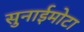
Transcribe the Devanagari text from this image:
सुनाईमोटा